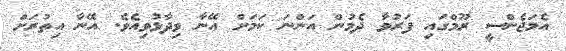
އެމަޖެންސީ ރޫމްގައި ފަރުވާ ދެމުން އަންނަ ކަމަށް އޭޭނާ ވިދާޅުވިއެެވެެ. އޭޭނާ އިތުރަށް